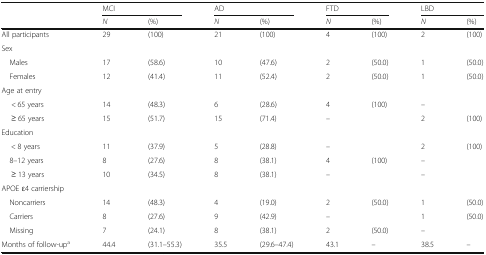
<table><thead><tr><td rowspan="2"></td><td colspan="2"><b>MCI</b></td><td colspan="2"><b>AD</b></td><td colspan="2"><b>FTD</b></td><td colspan="2"><b>LBD</b></td></tr><tr><td><b><i>N</i></b></td><td><b>(%)</b></td><td><b><i>N</i></b></td><td><b>(%)</b></td><td><b><i>N</i></b></td><td><b>(%)</b></td><td><b><i>N</i></b></td><td><b>(%)</b></td></tr></thead><tbody><tr><td>All participants</td><td>29</td><td>(100)</td><td>21</td><td>(100)</td><td>4</td><td>(100)</td><td>2</td><td>(100)</td></tr><tr><td colspan="9">Sex</td></tr><tr><td> Males</td><td>17</td><td>(58.6)</td><td>10</td><td>(47.6)</td><td>2</td><td>(50.0)</td><td>1</td><td>(50.0)</td></tr><tr><td> Females</td><td>12</td><td>(41.4)</td><td>11</td><td>(52.4)</td><td>2</td><td>(50.0)</td><td>1</td><td>(50.0)</td></tr><tr><td colspan="9">Age at entry</td></tr><tr><td>&lt; 65 years</td><td>14</td><td>(48.3)</td><td>6</td><td>(28.6)</td><td>4</td><td>(100)</td><td>–</td><td></td></tr><tr><td>≥ 65 years</td><td>15</td><td>(51.7)</td><td>15</td><td>(71.4)</td><td>–</td><td></td><td>2</td><td>(100)</td></tr><tr><td colspan="9">Education</td></tr><tr><td>&lt; 8 years</td><td>11</td><td>(37.9)</td><td>5</td><td>(28.8)</td><td>–</td><td></td><td>2</td><td>(100)</td></tr><tr><td> 8–12 years</td><td>8</td><td>(27.6)</td><td>8</td><td>(38.1)</td><td>4</td><td>(100)</td><td>–</td><td></td></tr><tr><td>≥ 13 years</td><td>10</td><td>(34.5)</td><td>8</td><td>(38.1)</td><td>–</td><td></td><td>–</td><td></td></tr><tr><td colspan="9">APOE ɛ4 carriership</td></tr><tr><td> Noncarriers</td><td>14</td><td>(48.3)</td><td>4</td><td>(19.0)</td><td>2</td><td>(50.0)</td><td>1</td><td>(50.0)</td></tr><tr><td> Carriers</td><td>8</td><td>(27.6)</td><td>9</td><td>(42.9)</td><td>–</td><td></td><td>1</td><td>(50.0)</td></tr><tr><td> Missing</td><td>7</td><td>(24.1)</td><td>8</td><td>(38.1)</td><td>2</td><td>(50.0)</td><td>–</td><td></td></tr><tr><td>Months of follow-up<sup>a</sup></td><td>44.4</td><td>(31.1–55.3)</td><td>35.5</td><td>(29.6–47.4)</td><td>43.1</td><td>–</td><td>38.5</td><td>–</td></tr></tbody></table>